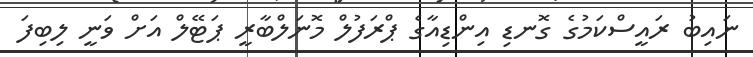
ނައިބު ރައީސްކަމުގެ ގޮނޑި އިންޑިއާގެ ޕްރަފުލް މޮނަލްބާރީ ޕަޓޭލް އަށް ވަނީ ލިބިފަ